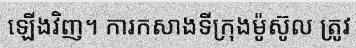
ឡើងវិញ។ ការកសាងទីក្រុងម៉ូស៊ូល ត្រូវ